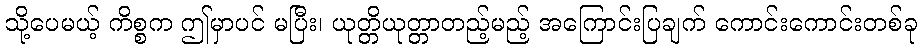
သို့ပေမယ့် ကိစ္စက ဤမှာပင် မပြီး၊ ယုတ္တိယုတ္တာတည့်မည့် အကြောင်းပြချက် ကောင်းကောင်းတစ်ခု